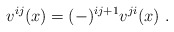
\begin{align*}v^{ij}(x)=(-)^{ij+1}v^{ji}(x) \ . \end{align*}